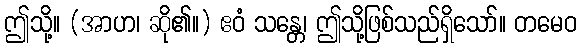
ဤသို့။ (အာဟ၊ ဆို၏။) ဧဝံ သန္တေ၊ ဤသို့ဖြစ်သည်ရှိသော်။ တမေဝ